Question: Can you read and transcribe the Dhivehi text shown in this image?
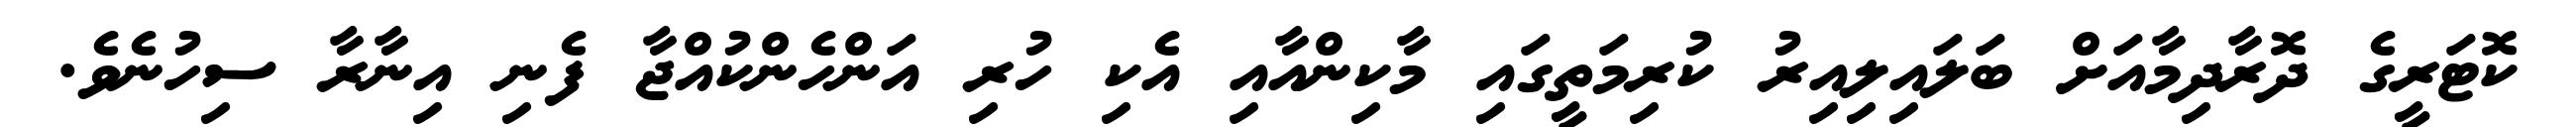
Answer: ކޮޓަރީގެ ދޮރާދިމާއަށް ބަލައިލިއިރު ކުރިމަތީގައި މާކިންއާއި އެކި ހުރި އަންހެންކުއްޖާ ފެނި އިނާރާ ސިހުނެވެ.